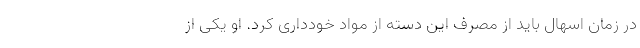
در زمان اسهال باید از مصرف این دسته از مواد خودداری کرد. او یکی از